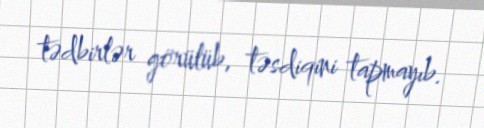
tədbirlər görülüb, təsdiqini tapmayıb.